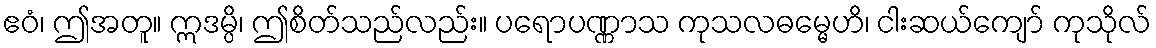
ဧဝံ၊ ဤအတူ။ ဣဒမ္ပိ၊ ဤစိတ်သည်လည်း။ ပရောပဏ္ဏာသ ကုသလဓမ္မေဟိ၊ ငါးဆယ်ကျော် ကုသိုလ်